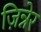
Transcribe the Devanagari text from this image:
ज़िन्नेर